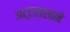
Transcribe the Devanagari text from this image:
अट्टहासाने